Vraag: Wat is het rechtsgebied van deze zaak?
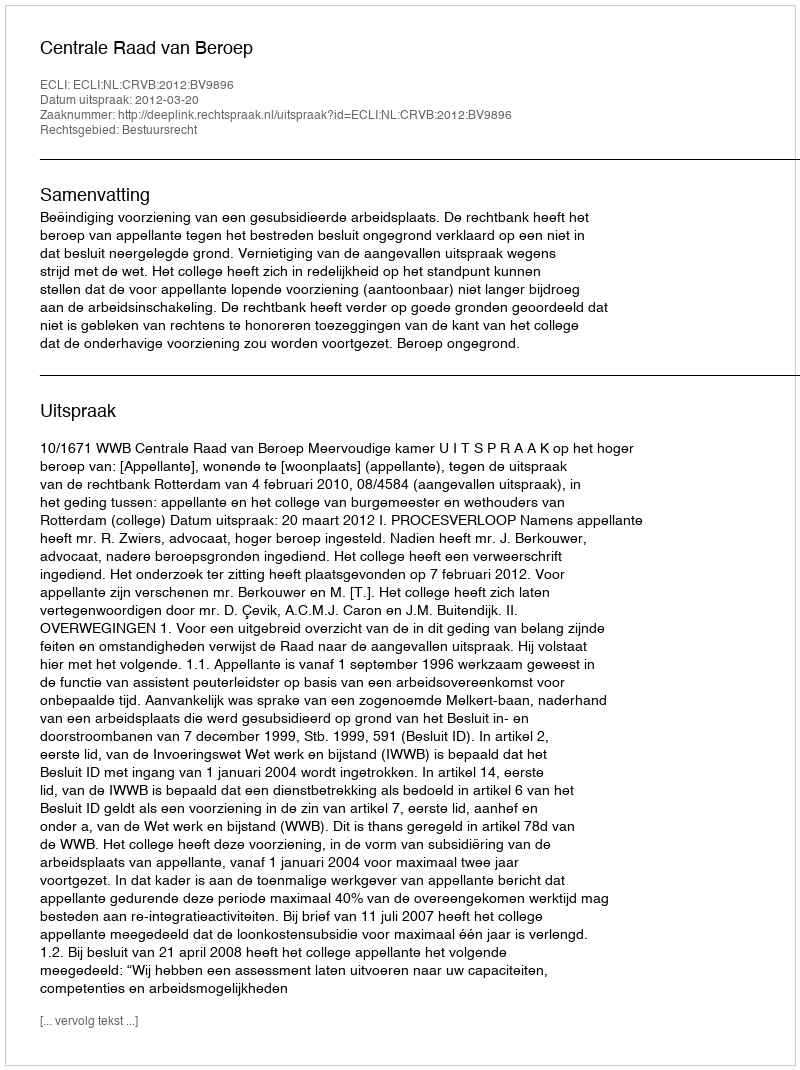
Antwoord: Bestuursrecht